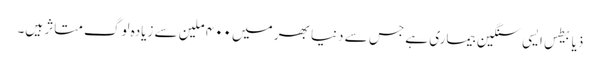
ذیابیطس ایسی سنگین بیماری ہے جس سے دنیا بھر میں ۴۰۰ ملین سے زیادہ لوگ متاثر ہیں۔